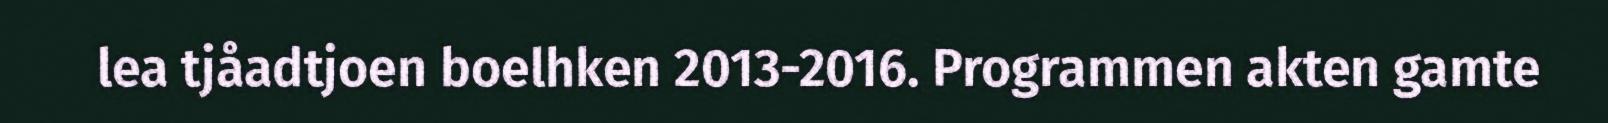
lea tjåadtjoen boelhken 2013-2016. Programmen akten gamte